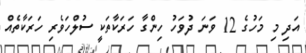
އަދި މި މަހުގެ 12 ވަނަ ދުވަހު ހިންގާ ހަރަކާތަކީ ސުލްހަވެރި ހަރަކާތެއް